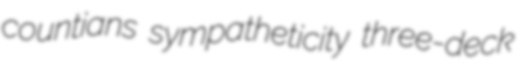
countians sympatheticity three-deck